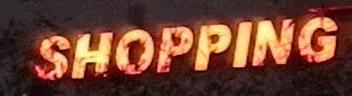
shopping